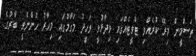
ތަސްމީން މިރޭ ކުރެއްވި ޓްވީޓެއްގައި ވިދާޅުވީ ވަހީދު މަގާމުގައި މިހާރު ހުންނެވީ ބާރުގެ